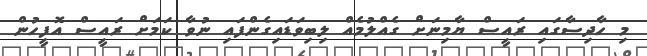
މި ހާދިސާގައި ރައީސް ޔާމިނަށް ގެއްލުމެއް ލިބިވަޑައިގެންފައި ނުވާ ކަމަށް ރައީސް އޮފީހުން